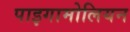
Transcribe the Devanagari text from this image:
पाइगामोलियन